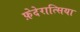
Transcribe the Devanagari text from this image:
फ़ेदेरात्सिया